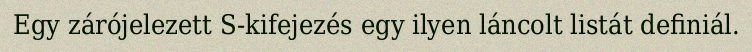
Egy zárójelezett S-kifejezés egy ilyen láncolt listát definiál.